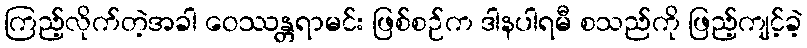
ကြည့်လိုက်တဲ့အခါ ဝေဿန္တရာမင်း ဖြစ်စဉ်က ဒါနပါရမီ စသည်ကို ဖြည့်ကျင့်ခဲ့